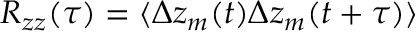
R _ { z z } ( \tau ) = \langle \Delta z _ { m } ( t ) \Delta z _ { m } ( t + \tau ) \rangle